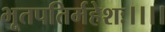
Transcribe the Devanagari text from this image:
भूतपतिर्महेशः।।।।